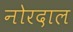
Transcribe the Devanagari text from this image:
नोरदाल